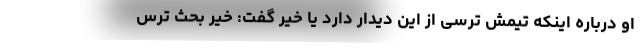
او درباره اینکه تیمش ترسی از این دیدار دارد یا خیر گفت: خیر بحث ترس